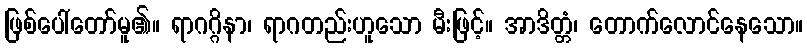
ဖြစ်ပေါ်တော်မူ၏။ ရာဂဂ္ဂိနာ၊ ရာဂတည်းဟူသော မီးဖြင့်။ အာဒိတ္တံ၊ တောက်လောင်နေသော။